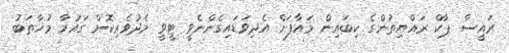
ރައީސާ ޕާކް ރައްޔިތުންގެ ކިބައިން މައާފަށް އެދިވަޑައިގެންނެވީ ޓީވީ މެދުވެރިކޮށް ގައުމާ މުޚާތަބު